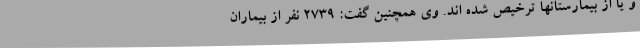
و یا از بیمارستانها ترخیص شده اند. وی همچنین گفت: 2739 نفر از بیماران